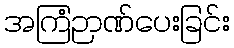
အကြံဉာဏ်ပေးခြင်း